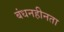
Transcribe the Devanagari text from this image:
बंधनहीनता